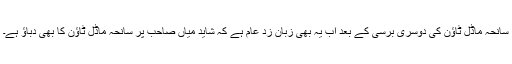
سانحہ ماڈل ٹاؤن کی دوسری برسی کے بعد اب یہ بھی زبان زد عام ہے کہ شاید میاں صاحب پر سانحہ ماڈل ٹاؤن کا بھی دباؤ ہے۔